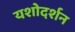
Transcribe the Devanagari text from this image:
यशोदर्शन